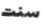
سنت